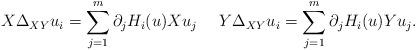
LaTeX: \begin{align*}X\Delta_{XY} u_i = \sum_{j=1}^m \partial_j H_i(u) X u_j \ \ \ \ Y\Delta_{XY} u_i = \sum_{j=1}^m \partial_j H_i(u) Y u_j . \end{align*}